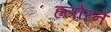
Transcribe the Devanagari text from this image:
हलोरने